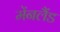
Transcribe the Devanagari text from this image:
मेंनलैंड